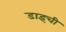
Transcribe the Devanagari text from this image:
डाइची